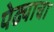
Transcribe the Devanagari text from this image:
पेढ्याचा